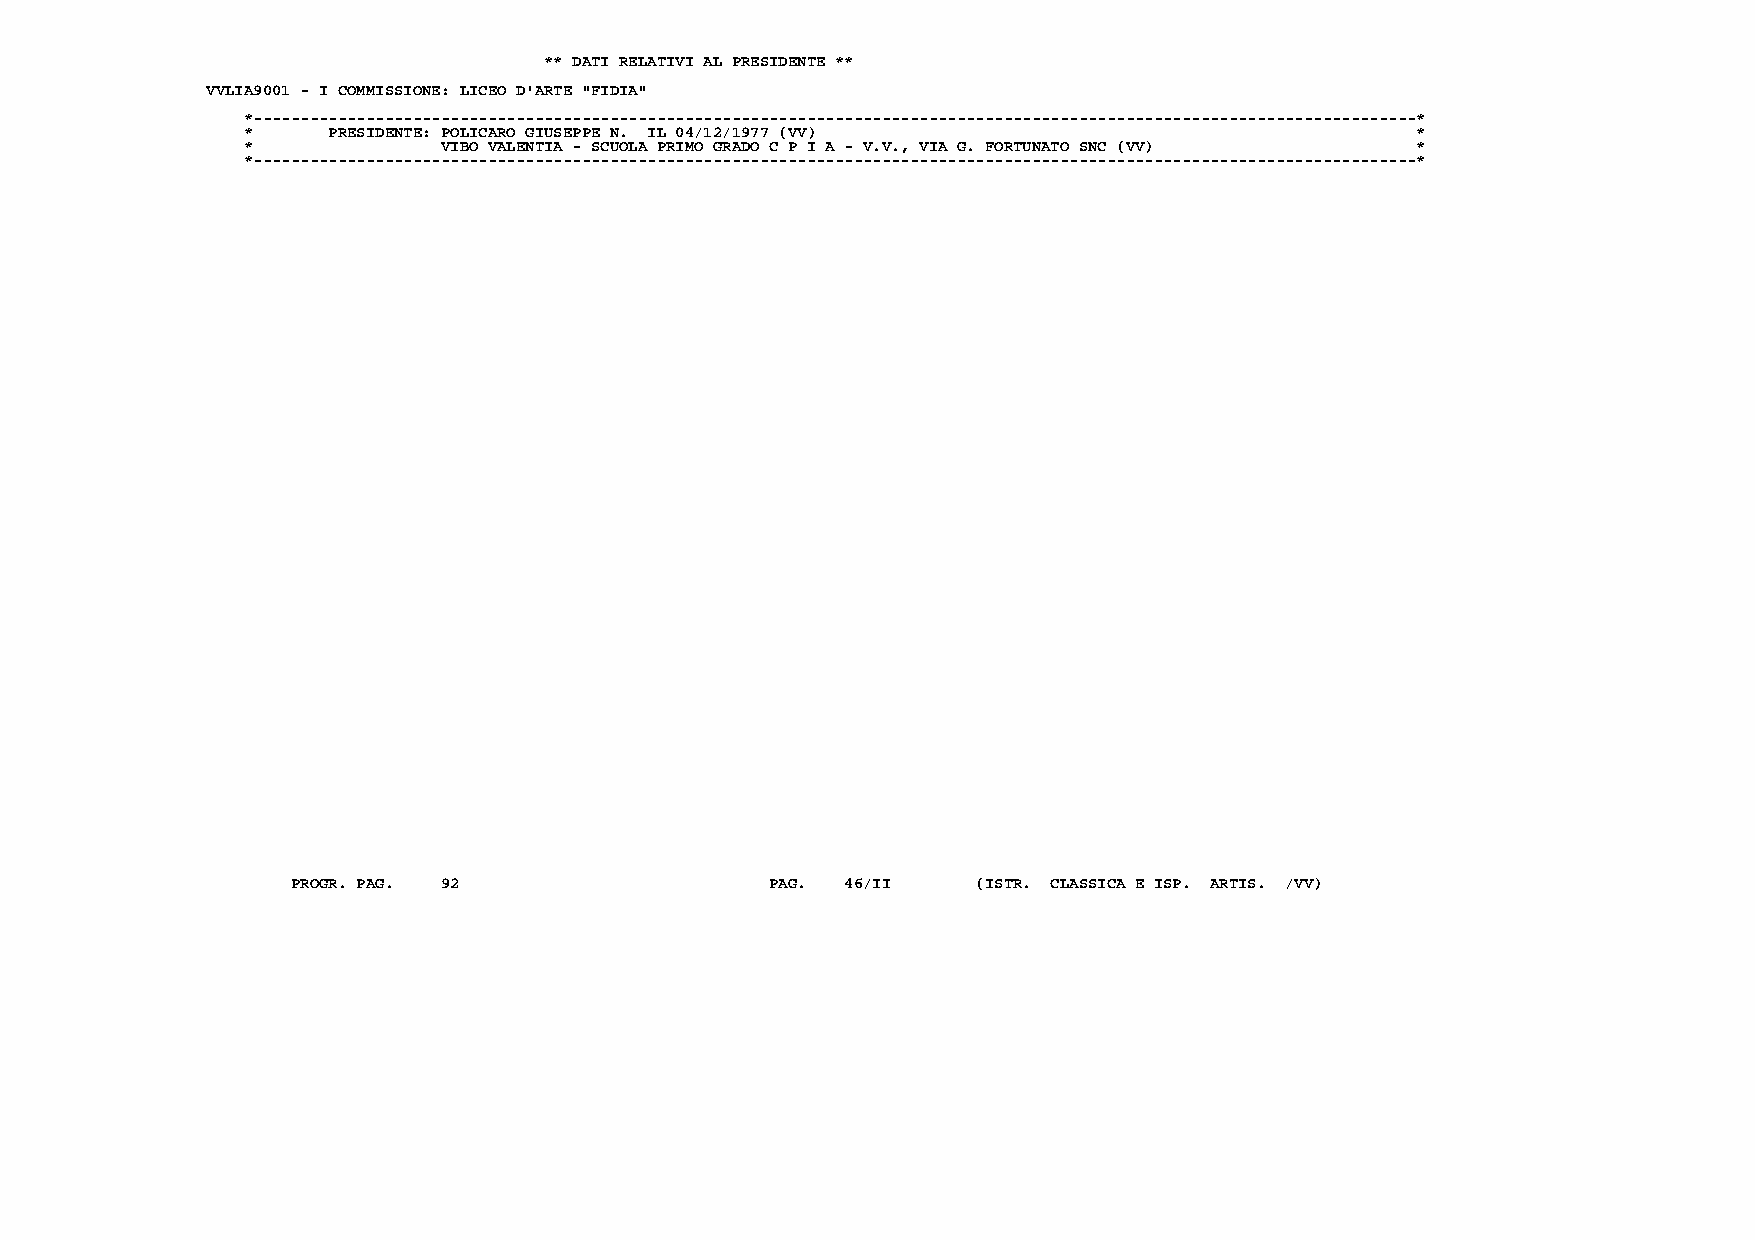
** DATI RELATIVI AL PRESIDENTE **
 VVLIA9001 - I COMMISSIONE: LICEO D'ARTE "FIDIA"
 *----------------------------------------------------------------------------------------------------------------------------*
 *     PRESIDENTE: POLICARO GIUSEPPE N. IL 04/12/1977 (VV)                     *
 *            VIBO VALENTIA - SCUOLA PRIMO GRADO C P I A - V.V., VIA G. FORTUNATO SNC (VV) *
 *----------------------------------------------------------------------------------------------------------------------------*
 PROGR. PAG. 92                  PAG. 46/II    (ISTR. CLASSICA E ISP. ARTIS. /VV)